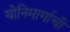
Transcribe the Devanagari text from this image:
योनिमार्गाची